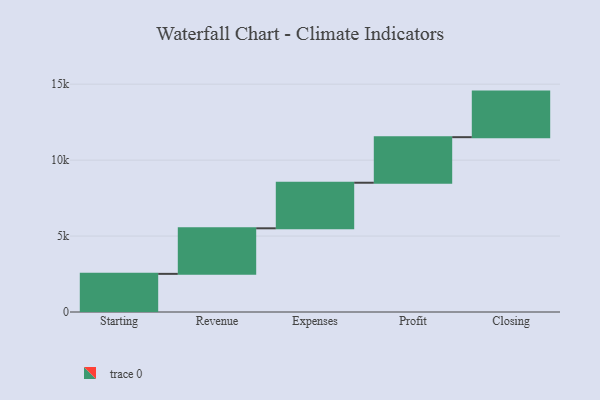
{"axis": {"x": "Step", "y": "Value"}, "legend": [""], "data": [{"x": "Starting", "y": 2511.0, "type": ""}, {"x": "Revenue", "y": 3000, "type": ""}, {"x": "Expenses", "y": 3000, "type": ""}, {"x": "Profit", "y": 3000, "type": ""}, {"x": "Closing", "y": 3000, "type": ""}]}